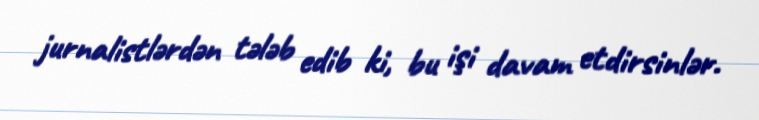
jurnalistlərdən tələb edib ki, bu işi davam etdirsinlər.